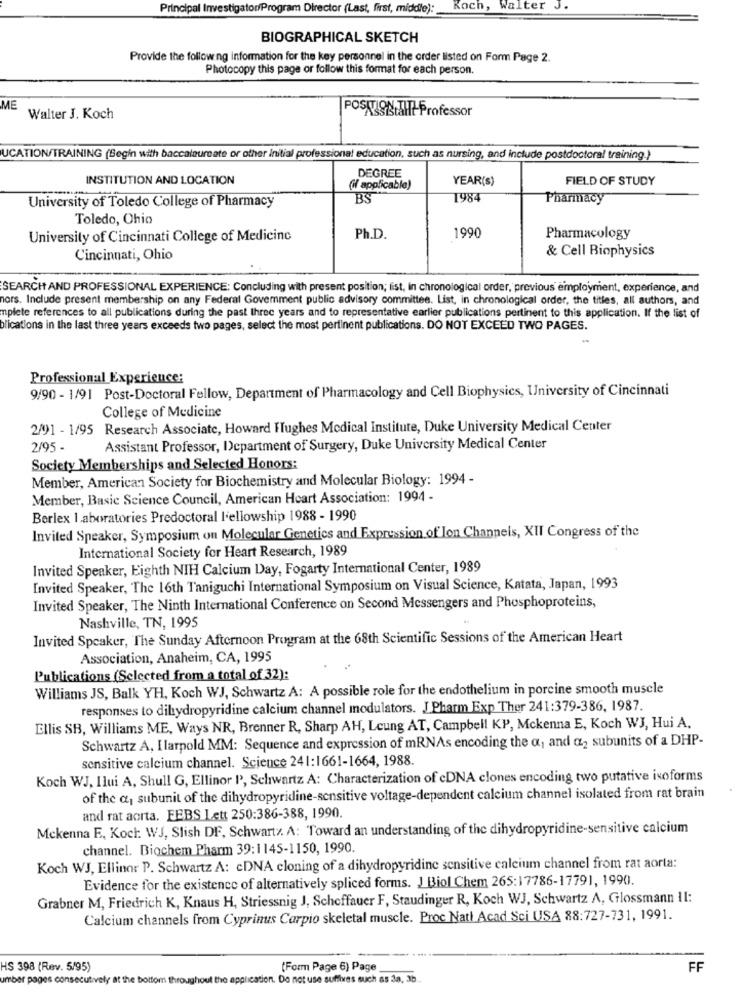
Principal Investigator/Program Director (Last, first, middle):
Koch, Walter J.
BIOGRAPHICAL SKETCH
Provide the following information for the key personnel in the order listed on Form Page 2.
Photocopy this page or follow this format for each person.
ME
POSIZIONIAIT Professor
Walter J. Koch
UCATION/TRAINING (Begin with baccalaureate or other Initial professional education, such as nursing, and include postdoctoral training.)
DEGREE
INSTITUTION AND LOCATION
YEAR(s)
FIELD OF STUDY
(if applicable)
University of Toledo College of Pharmacy
BS
1984
Pharmacy
Toledo, Ohio
1990
University of Cincinnati College of Medicine
Ph.D.
Pharmacology
& Cell Biophysics
Cincinnati, Ohio
SEARCH AND PROFESSIONAL EXPERIENCE: Concluding with present position; list, in chronological order, previous employment, experience, and
hors. Include present membership on any Federal Government public advisory committee. List, in chronological order, the titles, all authors, and
mplete references to all publications during the past three years and to representative earlier publications pertinent to this application. If the list of
blications in the last three years exceeds two pages, select the most pertinent publications. DO NOT EXCEED TWO PAGES.
Professional Experience:
9/90 - 1/91 Post-Doctoral Fellow, Department of Pharmacology and Cell Biophysics, University of Cincinnati
College of Medicine
2/91 - 1/95 Research Associate, Howard Hughes Medical Institute, Duke University Medical Center
2/95 -
Assistant Professor, Department of Surgery, Duke University Medical Center
Society Memberships and Selected Honors:
Member, American Society for Biochemistry and Molecular Biology: 1994 -
Member, Basic Science Council, American Heart Association: 1994 -
Berlex laboratories Predoctoral l'ellowship 1988 - 1990
Invited Speaker, Symposium on Molecular Genetics and Expression of Ion Channels, XII Congress of the
International Society for Heart Research, 1989
Invited Speaker, Eighth NIH Calcium Day, Fogarty International Center, 1989
Invited Speaker, The 16th Taniguchi International Symposium on Visual Science, Katata, Japan, 1993
Invited Speaker, The Ninth International Conference on Second Messengers and Phosphoproteins,
Nashville, TN, 1995
Invited Speaker, The Sunday Afternoon Program at the 68th Scientific Sessions of the American Heart
Association, Anaheim, CA, 1995
Publications (Selected from a total of 32):
Williams JS, Balk YH, Koch WJ, Schwartz A: A possible role for the endothelium in porcine smooth muscle
responses to dihydropyridine calcium channel modulators. J Pharm Exp Ther 241:379-386, 1987.
Ellis SB, Williams ME, Ways NR, Brenner R, Sharp AH, Leung AT, Campbell KP, Mckenna E, Koch WJ, Hui A.
Schwartz A, I larpold MM: Sequence and expression of mRNAs encoding the a, and a2 subunits of a DHP-
sensitive calcium channel. Science 241:1661-1664, 1988.
Koch WJ, Ilui A, Shull G, Ellinor P, Schwartz A: Characterization of cDNA clones encoding two putative isoforms
of the a, subunit of the dihydropyridine-sensitive voltage-dependent calcium channel isolated from rat brain
and rat aorta. FEBS Lett 250:386-388, 1990.
Mckenna E, Kock: WJ, Slish DF, Schwartz. A: Toward an understanding of the dihydropyridine-sensitive calcium
channel. Biochem Pharm 39:1145-1150, 1990.
Koch WJ, Ellinor P. Schwartz A: cDNA cloning of a dihydropyridine sensitive calcium channel from rat aorta:
Evidence for the existence of alternatively spliced forms. J Biol Chem 265:17786-17791, 1990.
Grabner M, Friedrich K, Knaus H, Striessnig J, Scheffauer F, Staudinger R, Koch WJ, Schwartz A, Glossmann 11:
Calcium channels from Cyprinus Carpio skeletal muscle. Proc Natl Acad Sci USA 88:727-731, 1991.
HS 398 (Rev. 5/95)
(Form Page 6) Page
FF
umber pages consecutively at the bottom throughout the application. Do not use suffixes such as 3a, 3b ..